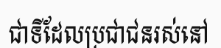
ជាទីដែលប្រជាជនរស់នៅ